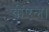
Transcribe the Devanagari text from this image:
बीएल।